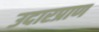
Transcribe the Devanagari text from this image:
उदारप्राण